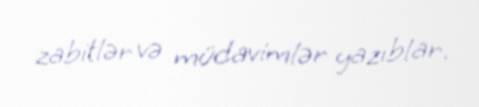
zabitlər və müdavimlər yazıblar.